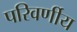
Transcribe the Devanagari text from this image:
परिवर्णीय